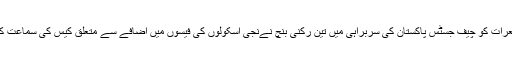
جمعرات کو چیف جسٹس پاکستان کی سربراہی میں تین رکنی بنچ نےنجی اسکولوں کی فیسوں میں اضافے سے متعلق کیس کی سماعت کی ۔